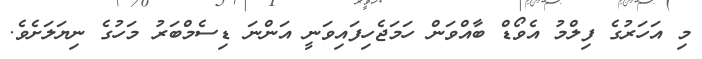
މި އަހަރުގެ ފިލްމު އެވޯޑް ބާއްވަން ހަމަޖެހިފައިވަނީ އަންނަ ޑިސެމްބަރު މަހުގެ ނިޔަލަށެވެ.